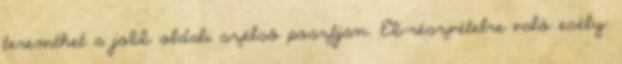
teremthet a jobb oldali szélső posztján. Eb-részvételre való esély: